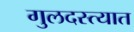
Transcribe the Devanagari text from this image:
गुलदस्त्यात